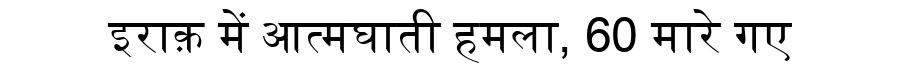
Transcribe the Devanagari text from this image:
इराक़ में आत्मघाती हमला, 60 मारे गए